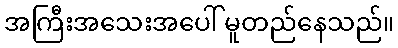
အကြီးအသေးအပေါ် မူတည်နေသည်။